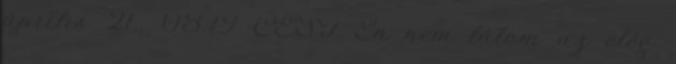
április 21., 08:19 CEST Én nem látom az elég